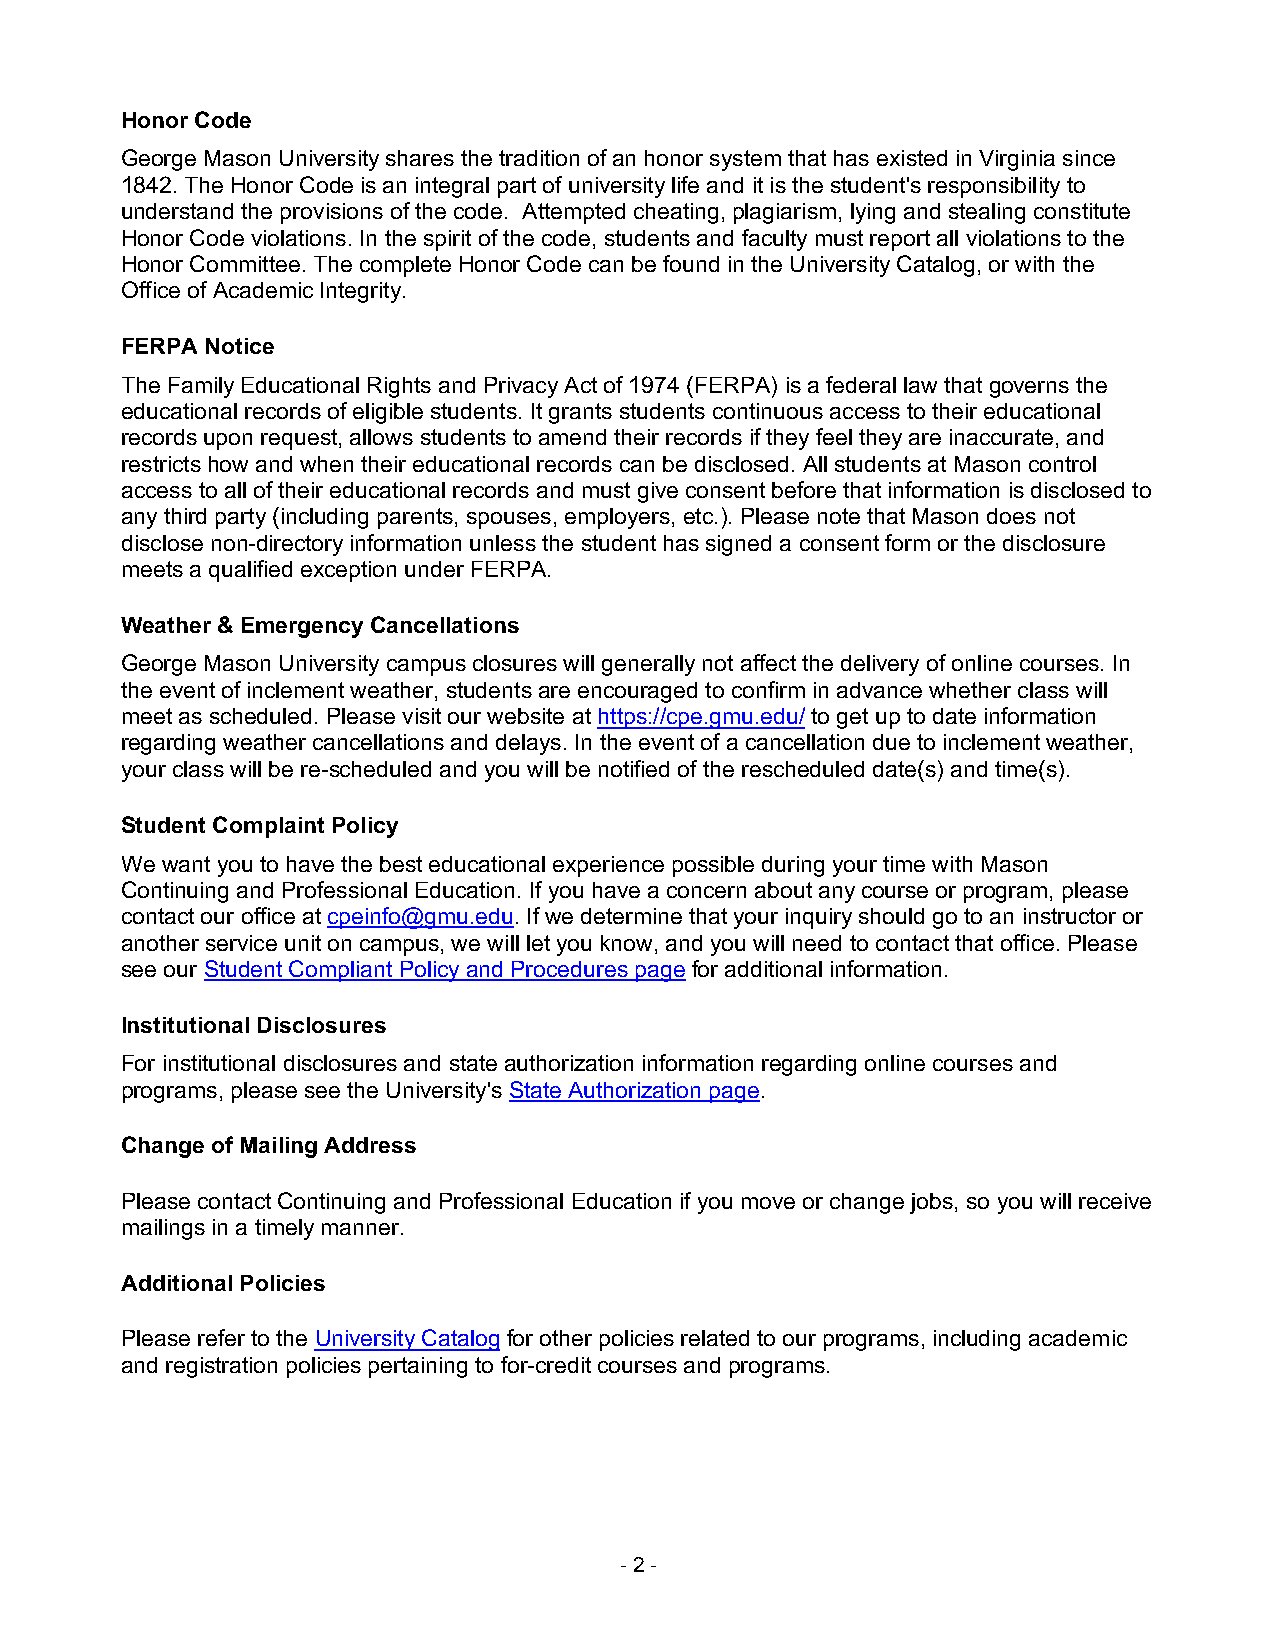
Honor Code
 George Mason University shares the tradition of an honor system that has existed in Virginia since
 1842. The Honor Code is an integral part of university life and it is the student's responsibility to
 understand the provisions of the code. Attempted cheating, plagiarism, lying and stealing constitute
 Honor Code violations. In the spirit of the code, students and faculty must report all violations to the
 Honor Committee. The complete Honor Code can be found in the University Catalog, or with the
 Office of Academic Integrity.
 FERPA Notice
 The Family Educational Rights and Privacy Act of 1974 (FERPA) is a federal law that governs the
 educational records of eligible students. It grants students continuous access to their educational
 records upon request, allows students to amend their records if they feel they are inaccurate, and
 restricts how and when their educational records can be disclosed. All students at Mason control
 access to all of their educational records and must give consent before that information is disclosed to
 any third party (including parents, spouses, employers, etc.). Please note that Mason does not
 disclose non-directory information unless the student has signed a consent form or the disclosure
 meets a qualified exception under FERPA.
 Weather & Emergency Cancellations
 George Mason University campus closures will generally not affect the delivery of online courses. In
 the event of inclement weather, students are encouraged to confirm in advance whether class will
 meet as scheduled. Please visit our website at https://cpe.gmu.edu/ to get up to date information
 regarding weather cancellations and delays. In the event of a cancellation due to inclement weather,
 your class will be re-scheduled and you will be notified of the rescheduled date(s) and time(s).
 Student Complaint Policy
 We want you to have the best educational experience possible during your time with Mason
 Continuing and Professional Education. If you have a concern about any course or program, please
 contact our office at cpeinfo@gmu.edu. If we determine that your inquiry should go to an instructor or
 another service unit on campus, we will let you know, and you will need to contact that office. Please
 see our Student Compliant Policy and Procedures page for additional information.
 Institutional Disclosures
 For institutional disclosures and state authorization information regarding online courses and
 programs, please see the University's State Authorization page.
 Change of Mailing Address
 Please contact Continuing and Professional Education if you move or change jobs, so you will receive
 mailings in a timely manner.
 Additional Policies
 Please refer to the University Catalog for other policies related to our programs, including academic
 and registration policies pertaining to for-credit courses and programs.
 - 2 -